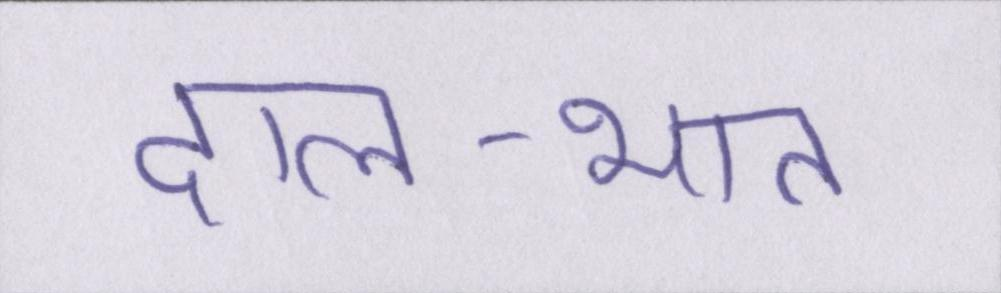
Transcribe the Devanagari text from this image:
दाल-भात